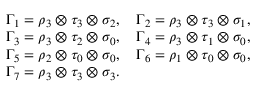
\begin{array} { r l } & { \Gamma _ { 1 } = \rho _ { 3 } \otimes \tau _ { 3 } \otimes \sigma _ { 2 } , \quad \Gamma _ { 2 } = \rho _ { 3 } \otimes \tau _ { 3 } \otimes \sigma _ { 1 } , } \\ & { \Gamma _ { 3 } = \rho _ { 3 } \otimes \tau _ { 2 } \otimes \sigma _ { 0 } , \quad \Gamma _ { 4 } = \rho _ { 3 } \otimes \tau _ { 1 } \otimes \sigma _ { 0 } , } \\ & { \Gamma _ { 5 } = \rho _ { 2 } \otimes \tau _ { 0 } \otimes \sigma _ { 0 } , \quad \Gamma _ { 6 } = \rho _ { 1 } \otimes \tau _ { 0 } \otimes \sigma _ { 0 } , } \\ & { \Gamma _ { 7 } = \rho _ { 3 } \otimes \tau _ { 3 } \otimes \sigma _ { 3 } . } \end{array}